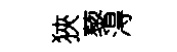
狹藜淂